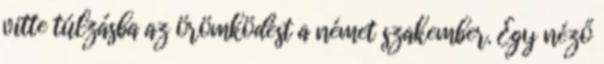
vitte túlzásba az örömködést a német szakember. Egy néző